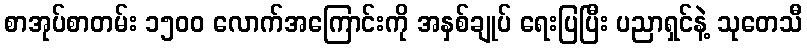
စာအုပ်စာတမ်း ၁၅၀၀ လောက်အကြောင်းကို အနှစ်ချုပ် ရေးပြပြီး ပညာရှင်နဲ့ သုတေသီ